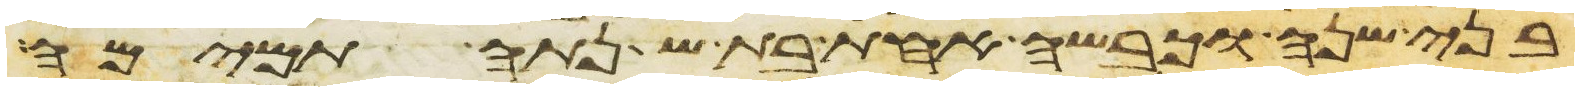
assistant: בני שנה וכבשה אחת בת שנתה תמימה